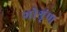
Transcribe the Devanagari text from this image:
गोश्रृंण